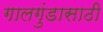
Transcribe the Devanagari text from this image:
गालगुंडासाठी